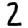
Digit: 2